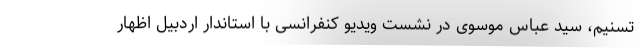
تسنیم، سید عباس موسوی در نشست ویدیو کنفرانسی با استاندار اردبیل اظهار